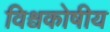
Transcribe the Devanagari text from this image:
विश्वकोषीय